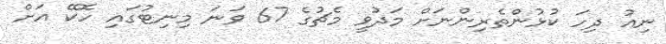
ނިއު ދިހަ ކުޅުންތެރިންނަށް މަދުވީ މެޗުގެ 67 ވަނަ މިނިޓުގައި ހޮކޭ އަށް